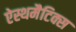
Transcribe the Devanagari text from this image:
ऐस्थमैटिक्स